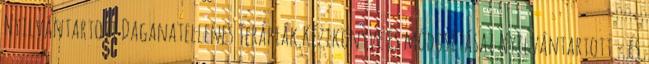
Nyilvántartott Daganatellenes Terápiák Kézikönyve és módosításai Nyilvántartott - és